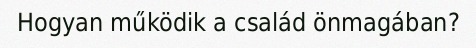
Hogyan működik a család önmagában?